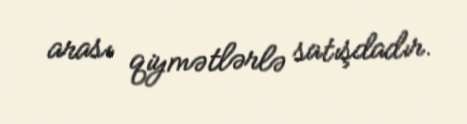
arası qiymətlərlə satışdadır.